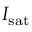
I _ { \mathrm { s a t } }